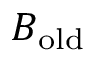
B _ { \mathrm { o l d } }